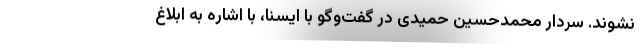
نشوند. سردار محمدحسین حمیدی در گفت‌وگو با ایسنا، با اشاره به ابلاغ